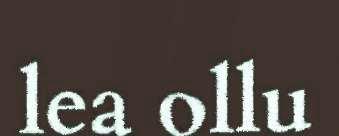
lea ollu